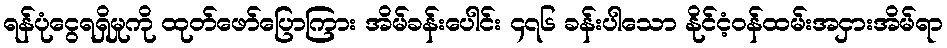
ရန်ပုံငွေရရှိမှုကို ထုတ်ဖော်ပြောကြား အိမ်ခန်းပေါင်း ၄၇၆ ခန်းပါသော နိုင်ငံ့ဝန်ထမ်းအငှားအိမ်ရာ